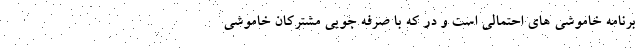
برنامه خاموشی های احتمالی است و در که با صرفه جویی مشترکان خاموشی